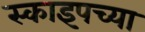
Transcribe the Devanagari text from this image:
स्काइपच्या